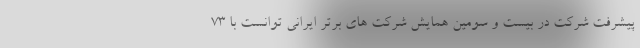
پیشرفت شرکت در بیست و سومین همایش شرکت های برتر ایرانی توانست با ۷۳